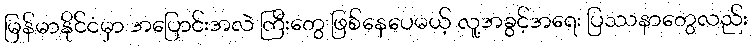
မြန်မာနိုင်ငံမှာ အပြောင်းအလဲ ကြီးတွေ ဖြစ်နေပေမယ့် လူ့အခွင့်အရေး ပြဿနာတွေလည်း